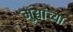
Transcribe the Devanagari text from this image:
मुद्यांच्या